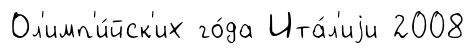
Ол'имп'и́йск'их го́да Ита́л'иjи 2008